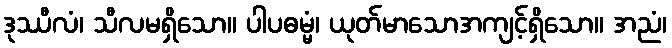
ဒုဿီလံ၊ သီလမရှိသော။ ပါပဓမ္မံ၊ ယုတ်မာသောအကျင့်ရှိသော။ အညံ၊